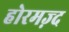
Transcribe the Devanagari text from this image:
होरमज़्द